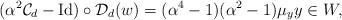
LaTeX: \begin{align*}(\alpha^2 \mathcal{C}_d- \operatorname{Id}) \circ \mathcal{D}_d (w) = (\alpha^4-1)(\alpha^2-1) \mu_y y \in W,\end{align*}